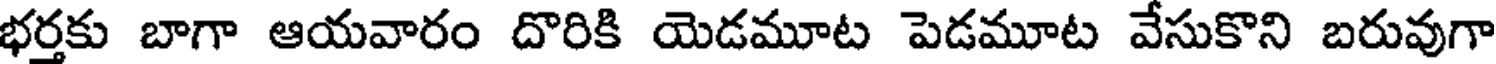
భర్తకు బాగా ఆయవారం దొరికి యెడమూట పెడమూట వేసుకొని బరువుగా